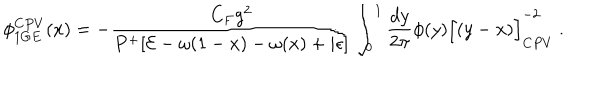
\phi _ { 1 G E } ^ { C P V } ( x ) = - { \frac { C _ { F } g ^ { 2 } } { P ^ { + } [ { \cal E } - \omega ( 1 - x ) - \omega ( x ) + i \epsilon ] } } \int _ { 0 } ^ { 1 } { \frac { d y } { 2 \pi } } \phi ( y ) { \Big [ ( y - x ) \Big ] } _ { C P V } ^ { - 2 } \ .